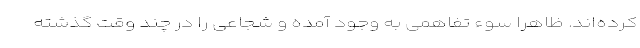
کرده‌اند. ظاهراً سوء تفاهمی به وجود آمده و شجاعی را در چند وقت گذشته